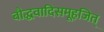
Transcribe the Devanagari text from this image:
बौद्धवादिसमूहजित्